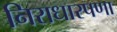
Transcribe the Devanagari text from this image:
निराधारपणा